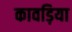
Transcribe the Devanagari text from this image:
कावड़िया